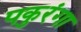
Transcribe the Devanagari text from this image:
पकुरंगा